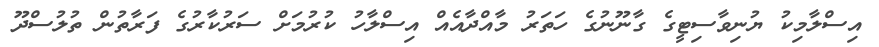
އިސްލާމިކު ޔުނިވާސިޓީގެ ގާނޫނުގެ ހަތަރު މާއްދާއެއް އިސްލާހު ކުރުމަށް ސަރުކާރުގެ ފަރާތުން ތުލުސްދޫ